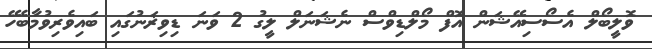
ވޮލީބޯލް އެސޯސިއޭޝަން އޮފް މޯލްޑިވްސް ނެޝަނަލް ލީގު 2 ވަނަ ޑިވިޜަނުގައި ބައިވެރިވުމާބެހޭ